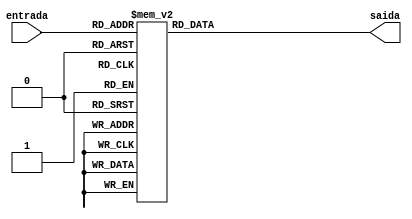
module dec7442(
	input [3:0] entrada,
	output reg [9:0] saida
);
	always @(entrada) begin
		case(entrada) 
			4'b0000: saida <= {1'b1, 1'b1, 1'b1, 1'b1, 1'b1, 1'b1, 1'b1, 1'b1, 1'b1, 1'b0};
			4'b0001: saida <= {1'b1, 1'b1, 1'b1, 1'b1, 1'b1, 1'b1, 1'b1, 1'b1, 1'b0, 1'b1};  
			4'b0010: saida <= {1'b1, 1'b1, 1'b1, 1'b1, 1'b1, 1'b1, 1'b1, 1'b0, 1'b1, 1'b1};
			4'b0011: saida <= {1'b1, 1'b1, 1'b1, 1'b1, 1'b1, 1'b1, 1'b0, 1'b1, 1'b1, 1'b1};
			4'b0100: saida <= {1'b1, 1'b1, 1'b1, 1'b1, 1'b1, 1'b0, 1'b1, 1'b1, 1'b1, 1'b1};
			4'b0101: saida <= {1'b1, 1'b1, 1'b1, 1'b1, 1'b0, 1'b1, 1'b1, 1'b1, 1'b1, 1'b1};
			4'b0110: saida <= {1'b1, 1'b1, 1'b1, 1'b0, 1'b1, 1'b1, 1'b1, 1'b1, 1'b1, 1'b1};	
			4'b0111: saida <= {1'b1, 1'b1, 1'b0, 1'b1, 1'b1, 1'b1, 1'b1, 1'b1, 1'b1, 1'b1};
			4'b1000: saida <= {1'b1, 1'b0, 1'b1, 1'b1, 1'b1, 1'b1, 1'b1, 1'b1, 1'b1, 1'b1};
			4'b1001: saida <= {1'b0, 1'b1, 1'b1, 1'b1, 1'b1, 1'b1, 1'b1, 1'b1, 1'b1, 1'b1};
			default: saida <= {1'b1, 1'b1, 1'b1, 1'b1, 1'b1, 1'b1, 1'b1, 1'b1, 1'b1, 1'b1};
		endcase
	end
endmodule